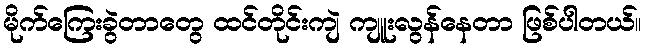
မိုက်ကြေးခွဲတာတွေ ထင်တိုင်းကျဲ ကျူးလွန်နေတာ ဖြစ်ပါတယ်။